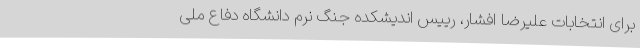
برای انتخابات علیرضا افشار، رییس اندیشکده جنگ نرم دانشگاه دفاع ملی